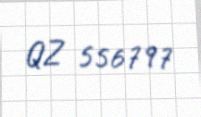
QZ 556797